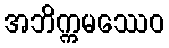
အဘိက္ကမဿေဝ